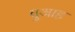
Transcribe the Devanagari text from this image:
वुआह